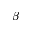
\beta